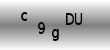
Text: c9gDU